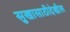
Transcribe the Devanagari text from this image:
सुखासाठीदेखील